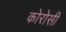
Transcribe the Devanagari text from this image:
कोरोसी